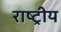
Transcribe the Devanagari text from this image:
राष्ट्रीय